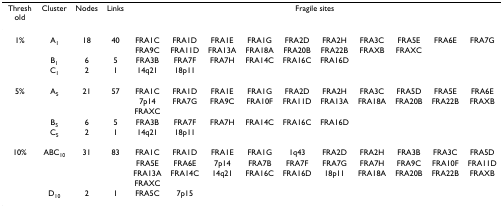
<table><thead><tr><td><b>Threshold</b></td><td><b>Cluster</b></td><td><b>Nodes</b></td><td><b>Links</b></td><td colspan="10"><b>Fragile sites</b></td></tr></thead><tbody><tr><td>1%</td><td>A<sub>1</sub></td><td>18</td><td>40</td><td>FRA1C</td><td>FRA1D</td><td>FRA1E</td><td>FRA1G</td><td>FRA2D</td><td>FRA2H</td><td>FRA3C</td><td>FRA5E</td><td>FRA6E</td><td>FRA7G</td></tr><tr><td></td><td></td><td></td><td></td><td>FRA9C</td><td>FRA11D</td><td>FRA13A</td><td>FRA18A</td><td>FRA20B</td><td>FRA22B</td><td>FRAXB</td><td>FRAXC</td><td></td><td></td></tr><tr><td></td><td>B<sub>1</sub></td><td>6</td><td>5</td><td>FRA3B</td><td>FRA7F</td><td>FRA7H</td><td>FRA14C</td><td>FRA16C</td><td>FRA16D</td><td></td><td></td><td></td><td></td></tr><tr><td></td><td>C<sub>1</sub></td><td>2</td><td>1</td><td>14q21</td><td>18p11</td><td></td><td></td><td></td><td></td><td></td><td></td><td></td><td></td></tr><tr><td>5%</td><td>A<sub>5</sub></td><td>21</td><td>57</td><td>FRA1C</td><td>FRA1D</td><td>FRA1E</td><td>FRA1G</td><td>FRA2D</td><td>FRA2H</td><td>FRA3C</td><td>FRA5D</td><td>FRA5E</td><td>FRA6E</td></tr><tr><td></td><td></td><td></td><td></td><td>7p14</td><td>FRA7G</td><td>FRA9C</td><td>FRA10F</td><td>FRA11D</td><td>FRA13A</td><td>FRA18A</td><td>FRA20B</td><td>FRA22B</td><td>FRAXB</td></tr><tr><td></td><td></td><td></td><td></td><td>FRAXC</td><td></td><td></td><td></td><td></td><td></td><td></td><td></td><td></td><td></td></tr><tr><td></td><td>B<sub>5</sub></td><td>6</td><td>5</td><td>FRA3B</td><td>FRA7F</td><td>FRA7H</td><td>FRA14C</td><td>FRA16C</td><td>FRA16D</td><td></td><td></td><td></td><td></td></tr><tr><td></td><td>C<sub>5</sub></td><td>2</td><td>1</td><td>14q21</td><td>18p11</td><td></td><td></td><td></td><td></td><td></td><td></td><td></td><td></td></tr><tr><td>10%</td><td>ABC<sub>10</sub></td><td>31</td><td>83</td><td>FRA1C</td><td>FRA1D</td><td>FRA1E</td><td>FRA1G</td><td>1q43</td><td>FRA2D</td><td>FRA2H</td><td>FRA3B</td><td>FRA3C</td><td>FRA5D</td></tr><tr><td></td><td></td><td></td><td></td><td>FRA5E</td><td>FRA6E</td><td>7p14</td><td>FRA7B</td><td>FRA7F</td><td>FRA7G</td><td>FRA7H</td><td>FRA9C</td><td>FRA10F</td><td>FRA11D</td></tr><tr><td></td><td></td><td></td><td></td><td>FRA13A</td><td>FRA14C</td><td>14q21</td><td>FRA16C</td><td>FRA16D</td><td>18p11</td><td>FRA18A</td><td>FRA20B</td><td>FRA22B</td><td>FRAXB</td></tr><tr><td></td><td></td><td></td><td></td><td>FRAXC</td><td></td><td></td><td></td><td></td><td></td><td></td><td></td><td></td><td></td></tr><tr><td></td><td>D<sub>10</sub></td><td>2</td><td>1</td><td>FRA5C</td><td>7p15</td><td></td><td></td><td></td><td></td><td></td><td></td><td></td><td></td></tr></tbody></table>